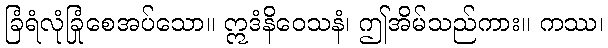
ခြံရံလုံခြုံစေအပ်သော။ ဣဒံနိဝေသနံ၊ ဤအိမ်သည်ကား။ ကဿ၊